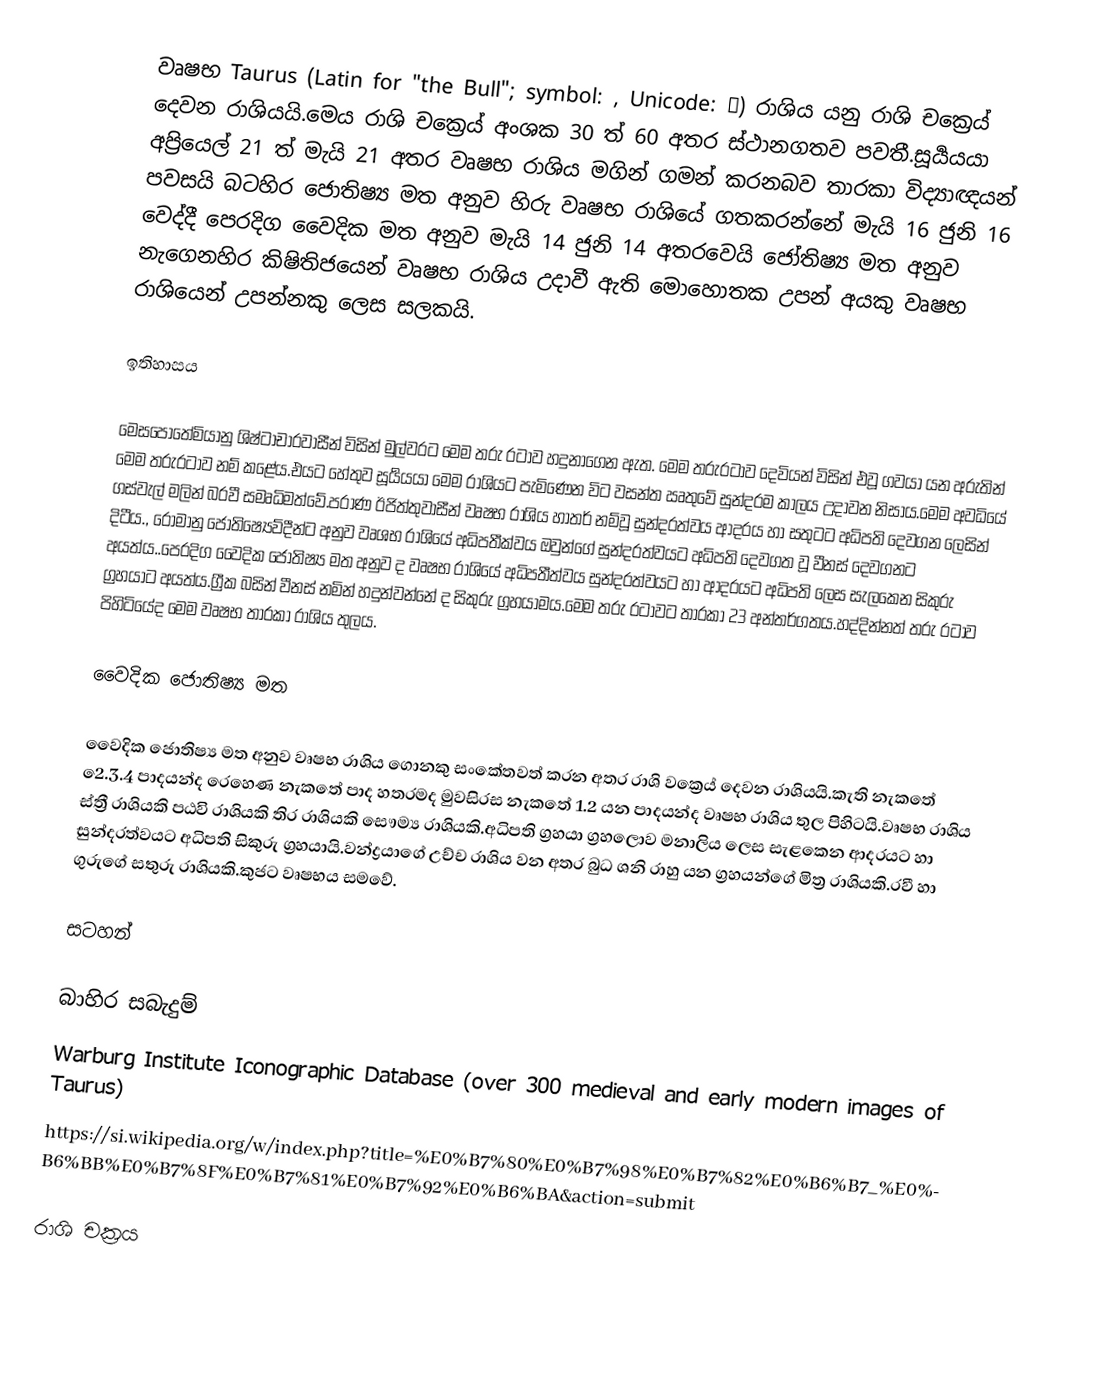
වෘෂභ Taurus (Latin for "the Bull"; symbol: , Unicode: ♉) රාශිය යනු රාශි චක්‍රෙය් දෙවන රාශියයි.මෙය රාශි චක්‍රෙය් අංශක 30 ත් 60 අතර ස්ථානගතව පවතී.සූර්‍යයයා අප්‍රියෙල්  21 ත් මැයි 21 අතර වෘෂභ රාශිය මගින් ගමන් කරනබව තාරකා විද්‍යාඥයන් පවසයි බටහිර ජොතිෂ්‍ය මත අනුව හිරු වෘෂභ රාශියේ ගතකරන්නේ මැයි 16 ජුනි 16 වෙද්දී පෙරදිග වෛදික මත අනුව මැයි 14 ජුනි 14 අතරවෙයි ජෝතිෂ්‍ය මත අනුව නැගෙනහිර කිෂිතිජයෙන් වෘෂභ රාශිය උදාවී ඇති මොහොතක උපන් අයකු වෘෂභ රාශියෙන් උපන්නකු ලෙස සලකයි.

ඉතිහාසය

මෙසපොතේමියානු ශිෂ්ටාචාරවාසීන් විසින් මුල්වරට මෙම තරු රටාව හදුනාගෙන ඇත. මෙම තරුරටාව දෙවියන් විසින් එවූ ගවයා යන අරුතින් මෙම තරුරටාව නම් කළේය.එයට හේතුව සූර්‍යයයා මෙම රාශියට පැමිණෙන විට වසන්ත ඍතුවේ සුන්දරම කාලය උදාවන නිසාය.මෙම අවධියේ ගස්වැල් මලින් බරවී සමෘධිමත්වේ.පරාණ ඊජිත්තුවාසීන් වෘෂභ රාශිය හාතර් නම්වූ සුන්දරත්වය ආදරය හා සතුටට අධිපති දෙවගන ලෙසින් දිටීය., රෝමානු ජොතිෂ්‍යෙව්දීන්ට අනුව වෘශභ රාශියේ අධිපතීක්වය ඔවුන්ගේ සුන්දරත්වයට අධිපති දෙවගත වූ වීනස් දෙවගනට අයත්ය..පෙරදිග වෛදික ජෝතිෂ්‍ය මත අනුව ද වෘෂභ රාශියේ අධිපතීත්වය සුන්දරත්වයට හා ආදරයට අධිපති ලෙස සැලකෙන සිකුරු ග්‍රහයාට අයත්ය.ග්‍රීක බසින් වීනස් නමින් හදුන්වන්නේ ද සිකුරු ග්‍රහයාමය.මෙම තරු රටාවට තාරකා 23 අන්තර්ගතය.හද්දින්නත් තරු රටාව පිහිටියේද මෙම වෘෂභ තාරකා රාශිය තුලය.

වෛදික ජොතිෂ්‍ය මත

වෛදික ජොතිෂ්‍ය මත අනුව වෘෂභ රාශිය ගොනකු සංකේතවත් කරන අතර රාශි වක්‍රෙය් දෙවන රාශියයි.කැති නැකතේ 2ෙ.3.4 පාදයන්ද රෙහෙණ නැකතේ පාද හතරමද මුවසිරස නැකතේ 1.2 යන පාදයන්ද වෘෂභ රාශිය තුල පිහිටයි.වෘෂභ රාශිය ස්ත්‍රී රාශියකි පඨවි රාශියකි තිර රාශියකි සෞම්‍ය රාශියකි.අධිපති ග්‍රහයා ග්‍රහලොව මනාලිය ලෙස සැළකෙන ආදරයට හා සුන්දරත්වයට අධිපති සිකුරු ග්‍රහයායි.වන්ද්‍රයාගේ උච්ච රාශිය වන අතර බුධ ශනි රාහු යන ග්‍රහයන්ගේ මිත්‍ර රාශියකි.රවී හා ගුරුගේ සතුරු රාශියකි.කුජට වෘෂභය සමවේ.

සටහන්

බාහිර සබැදුම්
 Warburg Institute Iconographic Database (over 300 medieval and early modern images of Taurus)
 https://si.wikipedia.org/w/index.php?title=%E0%B7%80%E0%B7%98%E0%B7%82%E0%B6%B7_%E0%B6%BB%E0%B7%8F%E0%B7%81%E0%B7%92%E0%B6%BA&action=submit

රාශි චක්‍රය